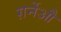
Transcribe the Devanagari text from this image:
ग़र्नेऔ